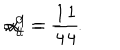
\alpha _ { t } ^ { 0 } = - { \frac { 1 } { 4 } } \hspace { 1 c m } ; \hspace { 1 c m } \alpha _ { t } ^ { 1 } = { \frac { 1 } { 4 } } ~ ~ .